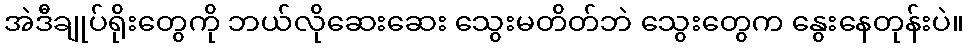
အဲဒီချုပ်ရိုးတွေကို ဘယ်လိုဆေးဆေး သွေးမတိတ်ဘဲ သွေးတွေက နွေးနေတုန်းပဲ။